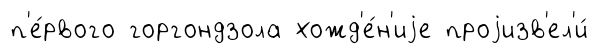
п'е́рвого горгондзола хожд'е́н'иjе проjизв'ел'и́